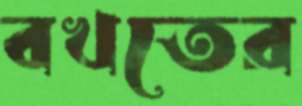
বখতের